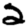
Digit: 2